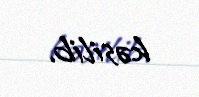
kəsilib.